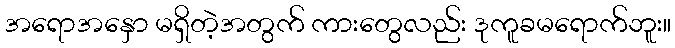
အရောအနှော မရှိတဲ့အတွက် ကားတွေလည်း ဒုကူခမရောက်ဘူး။